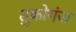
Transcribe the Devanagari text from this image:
तुकोगंज